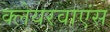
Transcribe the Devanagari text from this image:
क्लेयरवाएंस